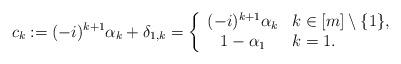
LaTeX: \begin{align*} c_k := (-i)^{k+1}\alpha_k + \delta_{1,k} = \left\{ \begin{array}{cl} (-i)^{k+1}\alpha_k & k\in [m]\setminus \{1\}, \\ 1-\alpha_1 & k=1. \end{array} \right.\end{align*}